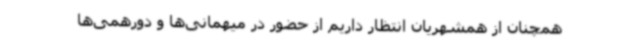
همچنان از همشهریان انتظار داریم از حضور در میهمانی‌ها و دورهمی‌ها